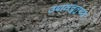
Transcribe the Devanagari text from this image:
उपायचुतुष्टय